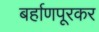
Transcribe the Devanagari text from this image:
बर्हाणपूरकर